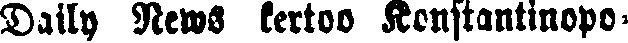
Daily News kertoo Konstantinopo-